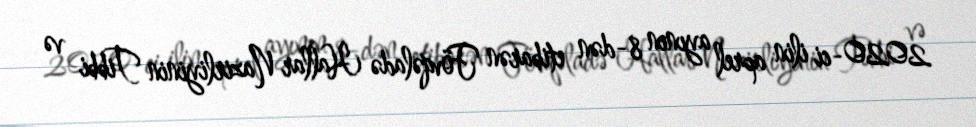
2020-ci ilin aprel ayının 8-dən etibarən Fövqəladə Hallar Nazirliyinin Tibbi və